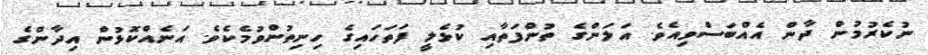
ނުކެރުމުން ދާން އެއްބަސްވިއެވެ. އަލަންގެ ތުންފަތާއި ކުޅެލީ ފަތަހައިގެ ހިނިތުންވުމެކެވެ. އަނެއްކޮޅުން އިދާންގެ